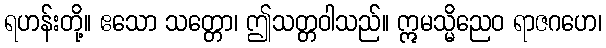
ရဟန်းတို့။ ဧသော သတ္တော၊ ဤသတ္တဝါသည်။ ဣမသ္မိညေဝ ရာဇဂဟေ၊